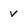
Character: v